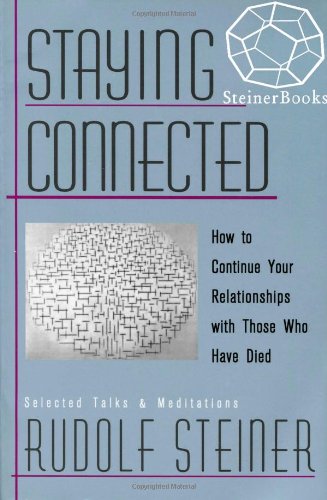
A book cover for Staying Connected : How to Continue Your Relationships With Those Who Have Died; Rudolf Steiner; Religion & Spirituality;